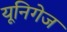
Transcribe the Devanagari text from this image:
यूनिगेज